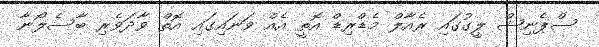
ސްޕެނިޝް ލީގުގައި ރެއާލް މެޑްރިޑް އޮތީ އެއް ވަނައިގައި އޮތް ވާދަވެރި ބާސެލޯނާ